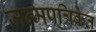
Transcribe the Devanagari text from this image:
जन्मपत्रिकेत